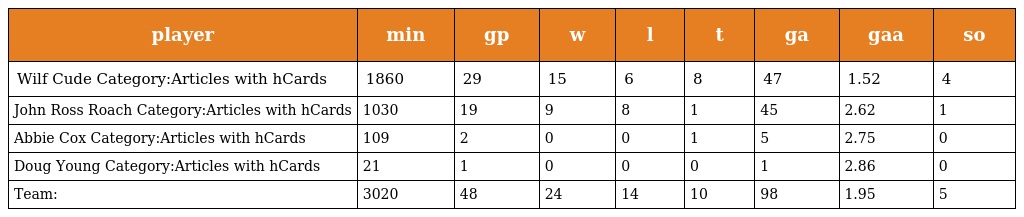
| player | min | gp | w | l | t | ga | gaa | so |
 | --- | --- | --- | --- | --- | --- | --- | --- | --- |
 | Wilf Cude Category:Articles with hCards | 1860 | 29 | 15 | 6 | 8 | 47 | 1.52 | 4 |
 | John Ross Roach Category:Articles with hCards | 1030 | 19 | 9 | 8 | 1 | 45 | 2.62 | 1 |
 | Abbie Cox Category:Articles with hCards | 109 | 2 | 0 | 0 | 1 | 5 | 2.75 | 0 |
 | Doug Young Category:Articles with hCards | 21 | 1 | 0 | 0 | 0 | 1 | 2.86 | 0 |
 | Team: | 3020 | 48 | 24 | 14 | 10 | 98 | 1.95 | 5 |